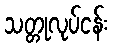
သတ္တုလုပ်ငန်း